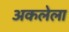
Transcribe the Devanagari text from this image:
अकलेला